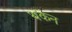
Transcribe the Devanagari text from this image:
थकन